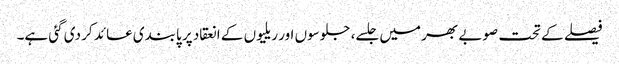
فیصلے کے تحت صوبے بھر میں جلسے، جلوسوں اور ریلیوں کے انعقاد پر پابندی عائد کر دی گئی ہے۔